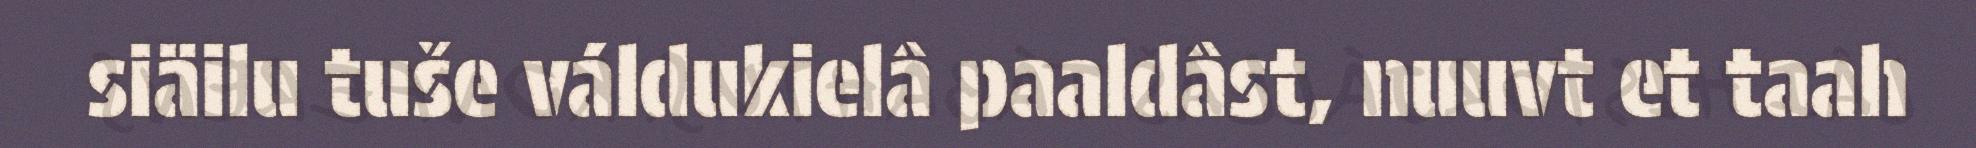
siäilu tuše váldukielâ paaldâst, nuuvt et taah